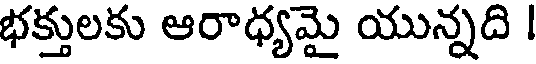
భక్తులకు ఆరాధ్యమై యున్నది |